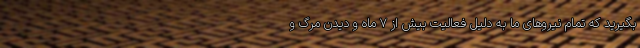
بگیرید که تمام نیروهای ما به دلیل فعالیت بیش از 7 ماه و دیدن مرگ و